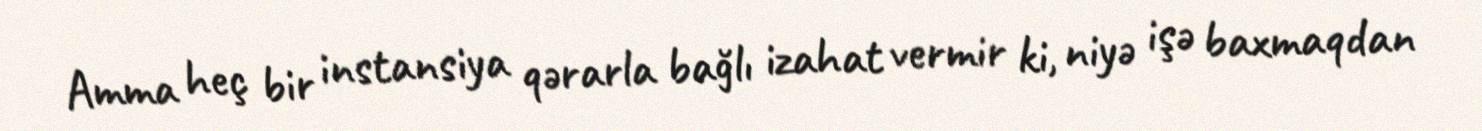
Amma heç bir instansiya qərarla bağlı izahat vermir ki, niyə işə baxmaqdan